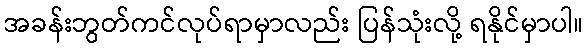
အခန်းဘွတ်ကင်လုပ်ရာမှာလည်း ပြန်သုံးလို့ ရနိုင်မှာပါ။